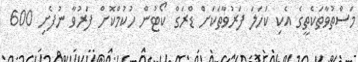
މަސްތުވާތަކެތީގެ އެކި ކަހަލަ ފަރުވާތަކަށް ޑްރަގް ކޯޓުން ހުކުމްކޮށް ފަރުވާ ނުފެށި 600